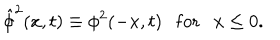
LaTeX: { \hat { \phi } } ^ { 2 } ( x , t ) \equiv \phi ^ { 2 } ( - x , t ) \ \ \ \mathrm { f o r } \ \ \ x \le 0 .